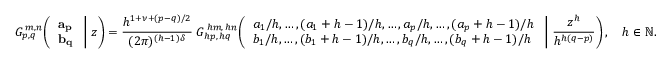
G _ { p , q } ^ { \, m , n } \! \left( \left. { \begin{array} { l } { \mathbf { a _ { p } } } \\ { \mathbf { b _ { q } } } \end{array} } \; \right| \, z \right) = { \frac { h ^ { 1 + \nu + ( p - q ) / 2 } } { ( 2 \pi ) ^ { ( h - 1 ) \delta } } } \; G _ { h p , \, h q } ^ { \, h m , \, h n } \! \left( \left. { \begin{array} { l } { a _ { 1 } / h , \dots , ( a _ { 1 } + h - 1 ) / h , \dots , a _ { p } / h , \dots , ( a _ { p } + h - 1 ) / h } \\ { b _ { 1 } / h , \dots , ( b _ { 1 } + h - 1 ) / h , \dots , b _ { q } / h , \dots , ( b _ { q } + h - 1 ) / h } \end{array} } \; \right| \, { \frac { z ^ { h } } { h ^ { h ( q - p ) } } } \right) , \quad h \in \mathbb { N } .